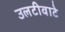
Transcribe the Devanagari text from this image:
उलटीवाटे